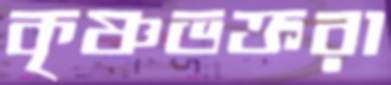
কৃষ্ণভক্তরা